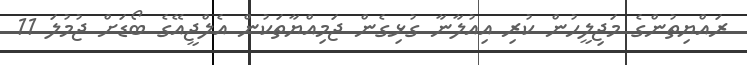
ރައްޔިތުންގެ މަޖިލީހުން ކުރި އިއުލާނާ ގުޅިގެން ޖަމިއްޔާތަކުން އެލްޖީއޭގެ ބޯޑަށް ޖުމުލަ 11